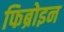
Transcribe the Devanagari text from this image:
फिब्रोइन